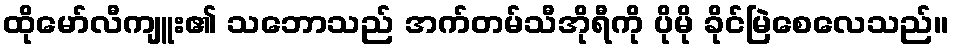
ထိုမော်လီကျူး၏ သဘောသည် အက်တမ်သီအိုရီကို ပိုမို ခိုင်မြဲစေလေသည်။